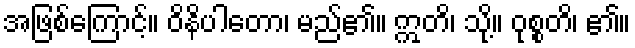
အဖြစ်ကြောင့်။ ဝိနိပါတော၊ မည်၏။ ဣတိ၊ သို့။ ဝုစ္စတိ၊ ၏။